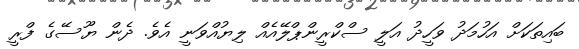
ބައިތަކަށް އަހުމަދު ވަހީދު އަލީ ސްކްރީންޕްލޭއެއް ލިޔުއްވަނީ އެވެ. ދެން ޔޫސޭގެ ފްރީ